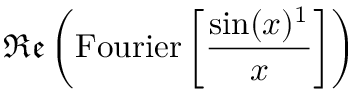
\, { \mathfrak { R e } } \left( { \mathrm { F o u r i e r } } \left[ { \frac { \sin ( x ) ^ { 1 } } { x } } \right] \right)